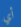
أي